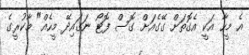
އެ މީހާ އަކީ އެގޮތަށް ގޭގެއަށް ގޮސް ފޮޓޯ ނަގައިދޭ މީހެއް" މާކުރީގެ